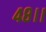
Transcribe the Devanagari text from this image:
४८।।